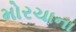
મોરચાના